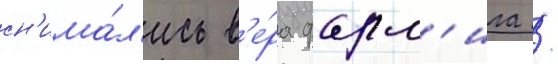
сн'има́л'ись в'е́ра фарм'ига /